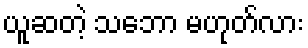
ယူဆတဲ့ သဘော မဟုတ်လား